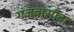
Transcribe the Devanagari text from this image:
गंजबासौदा